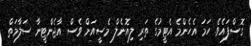
ގޮސްފައެވެ. ހަމަ އެހެންމެ އެޓީމުގެ ތަރި ލިއޮނެލް މެސީއަށް ވެސް އާޖެންޓީނާ ސަލާމަތް